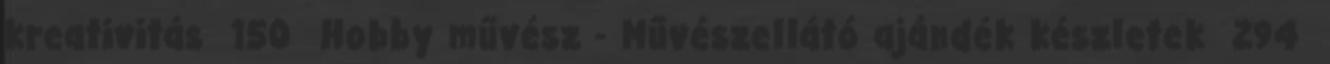
kreativitás 150 Hobby művész - Művészellátó ajándék készletek 294